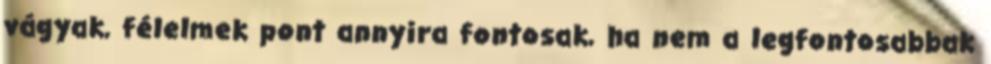
vágyak, félelmek pont annyira fontosak, ha nem a legfontosabbak